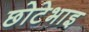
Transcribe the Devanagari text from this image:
छोटेभाइ